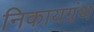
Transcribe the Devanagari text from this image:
निकायग्रंथ